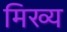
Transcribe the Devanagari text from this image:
मिख्य